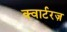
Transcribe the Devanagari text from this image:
क्वार्टरज़